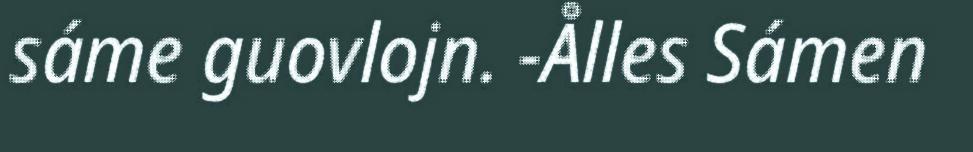
sáme guovlojn. -Ålles Sámen